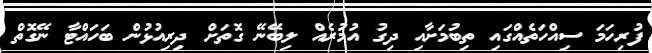
ފުރިހަމަ ސިއްހަތެއްގައި ތިބުމަށާއި ދިގު އުމުރެއް ލިބޭނޭ ގޮތަށް ދިރިއުޅުން ބަހައްޓާ ނޭގޮތް